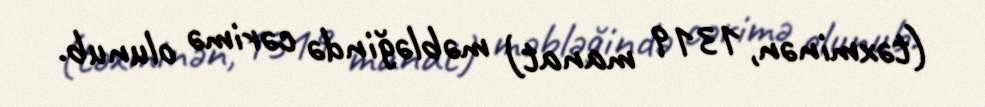
(təxminən, 1319 manat) məbləğində cərimə olunub.